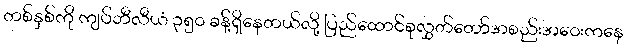
တစ်နှစ်ကို ကျပ်ဘီလီယံ ၃၅၀ ခန့်ရှိနေတယ်လို့ ပြည်ထောင်စုလွှတ်တော်အစည်းအဝေးကနေ